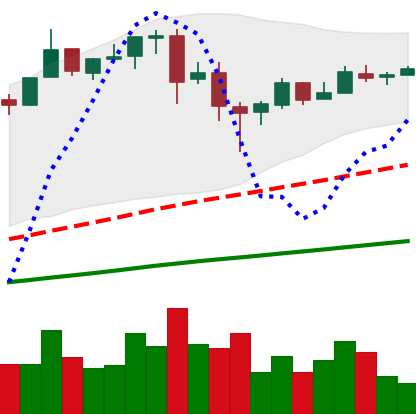
Ticker: BTC-USD
Chart end date: 2017-06-23
Forward return: -6.198%
Label: down_5_7